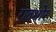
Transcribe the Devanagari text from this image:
रातभोर